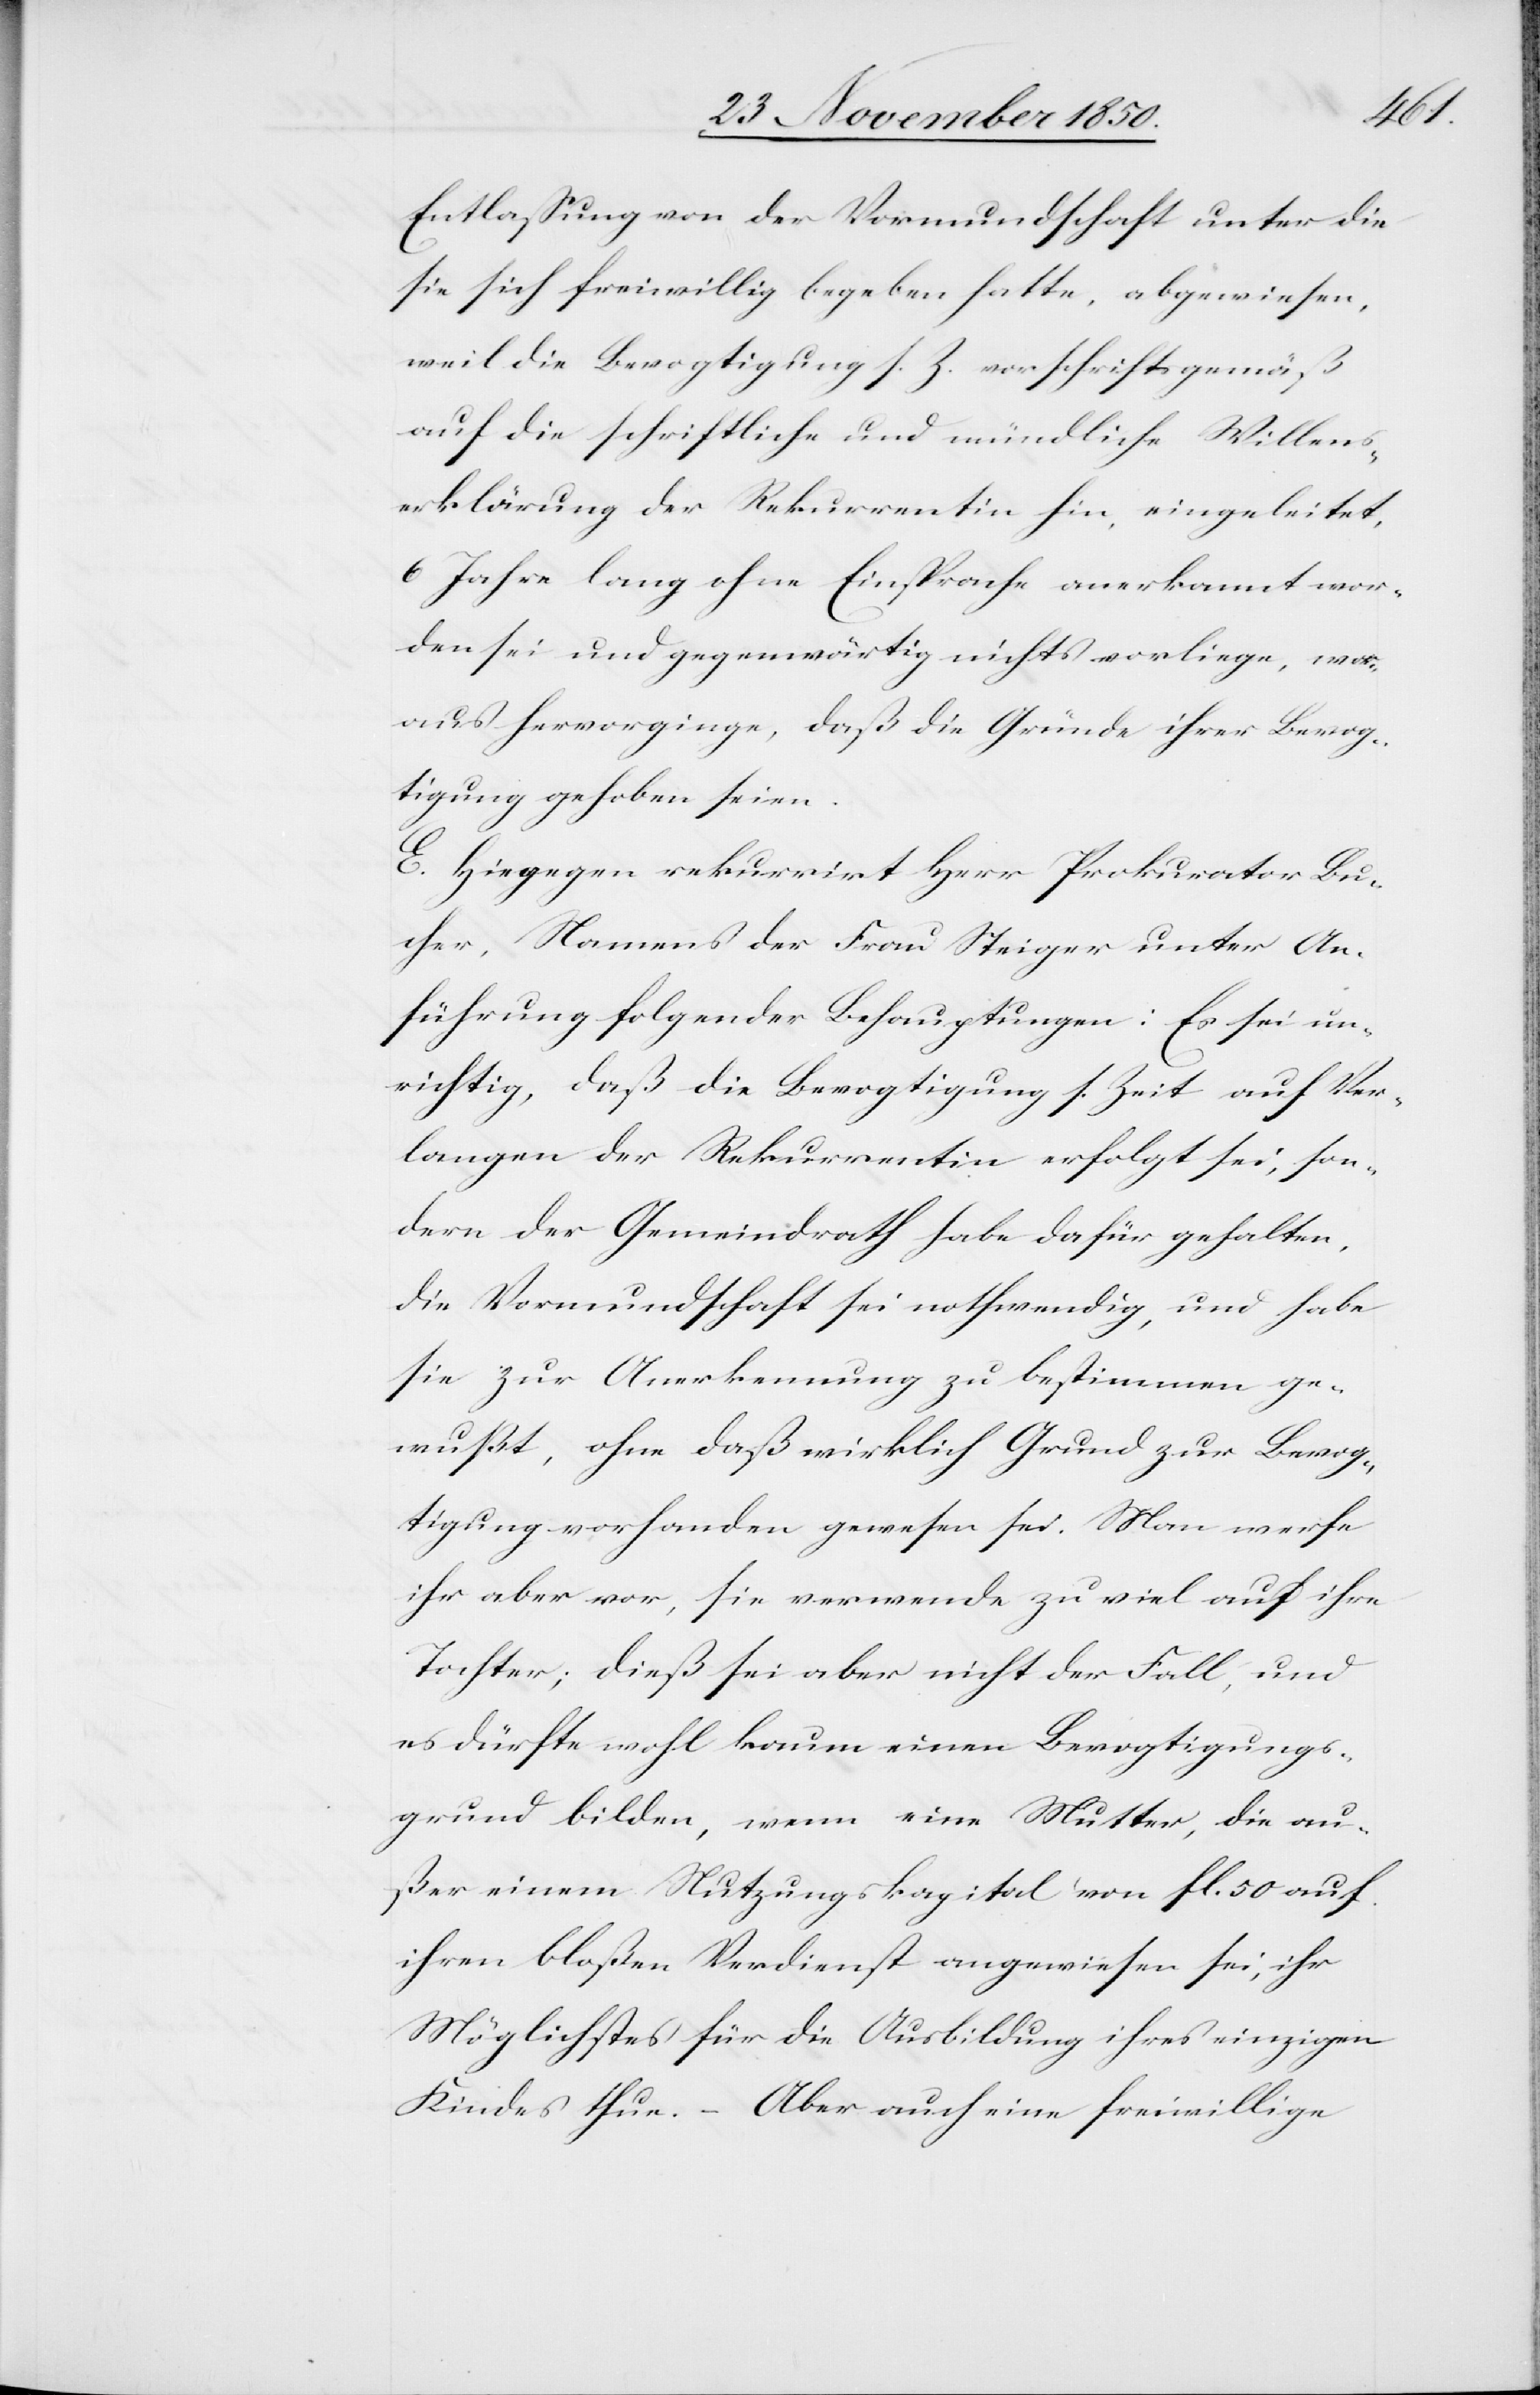
Entlassung von der Vormundschaft unter die
sie sich freiwillig begeben hatte, abgewiesen,
weil die Bevogtigung s. Z. vorschriftsgemäß
auf die schriftliche und mündliche Willens¬
erklärung der Rekurrentin hin, eingeleitet,
6 Jahre lang ohne Einsprache anerkannt wor¬
den sei und gegenwärtig nichts vorliege, wor¬
aus hervorginge, daß die Gründe ihrer Bevog¬
tigung gehoben seien.
E. Hiegegen rekurrirt Herr Prokurator Bu¬
cher, Namens der Frau Steiger unter An¬
führung folgender Behauptungen: Es sei un¬
richtig, daß die Bevogtigung s. Zeit auf Ver¬
langen der Rekurrentin erfolgt sei, son¬
dern der Gemeindrath habe dafür gehalten,
die Vormundschaft sei nothwendig, und habe
sie zur Anerkennung zu bestimmen ge¬
wußt, ohne daß wirklich Grund zur Bevog¬
tigung vorhanden gewesen sei. Man werfe
ihr aber vor, sie verwende zu viel auf ihre
Tochter; dieß sei aber nicht der Fall, und
es dürfte wohl kaum einen Bevogtigungs¬
grund bilden, wenn eine Mutter, die au¬
ßer einem Nutzungskapital von fl. 50 auf
ihren bloßen Verdienst angewiesen sei, ihr
Möglichstes für die Ausbildung ihres einzigen
Kindes thue. – Aber auch eine freiwillige